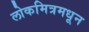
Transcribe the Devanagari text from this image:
लोकमित्रमधून